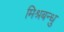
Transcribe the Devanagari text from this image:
मिश्रबन्धु